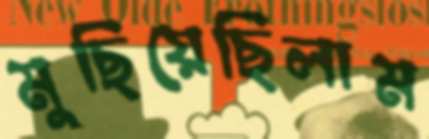
মুছিয়েছিলাম